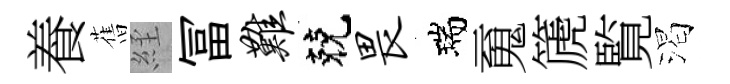
養𦾔𦀇冨难兢畏瑞䰟篪覧渴